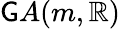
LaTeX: \mathsf{G}A(m,\mathbb{{R}})